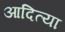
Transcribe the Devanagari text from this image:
आदित्या